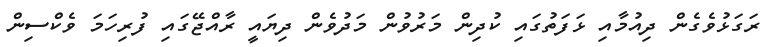
ރަގަޅުވެގެން ދިއުމާއި ޅަފަތުގައި ކުދިން މަރުވުން މަދުވެން ދިޔައީ ރާއްޖޭގައި ފުރިހަމަ ވެކްސިން